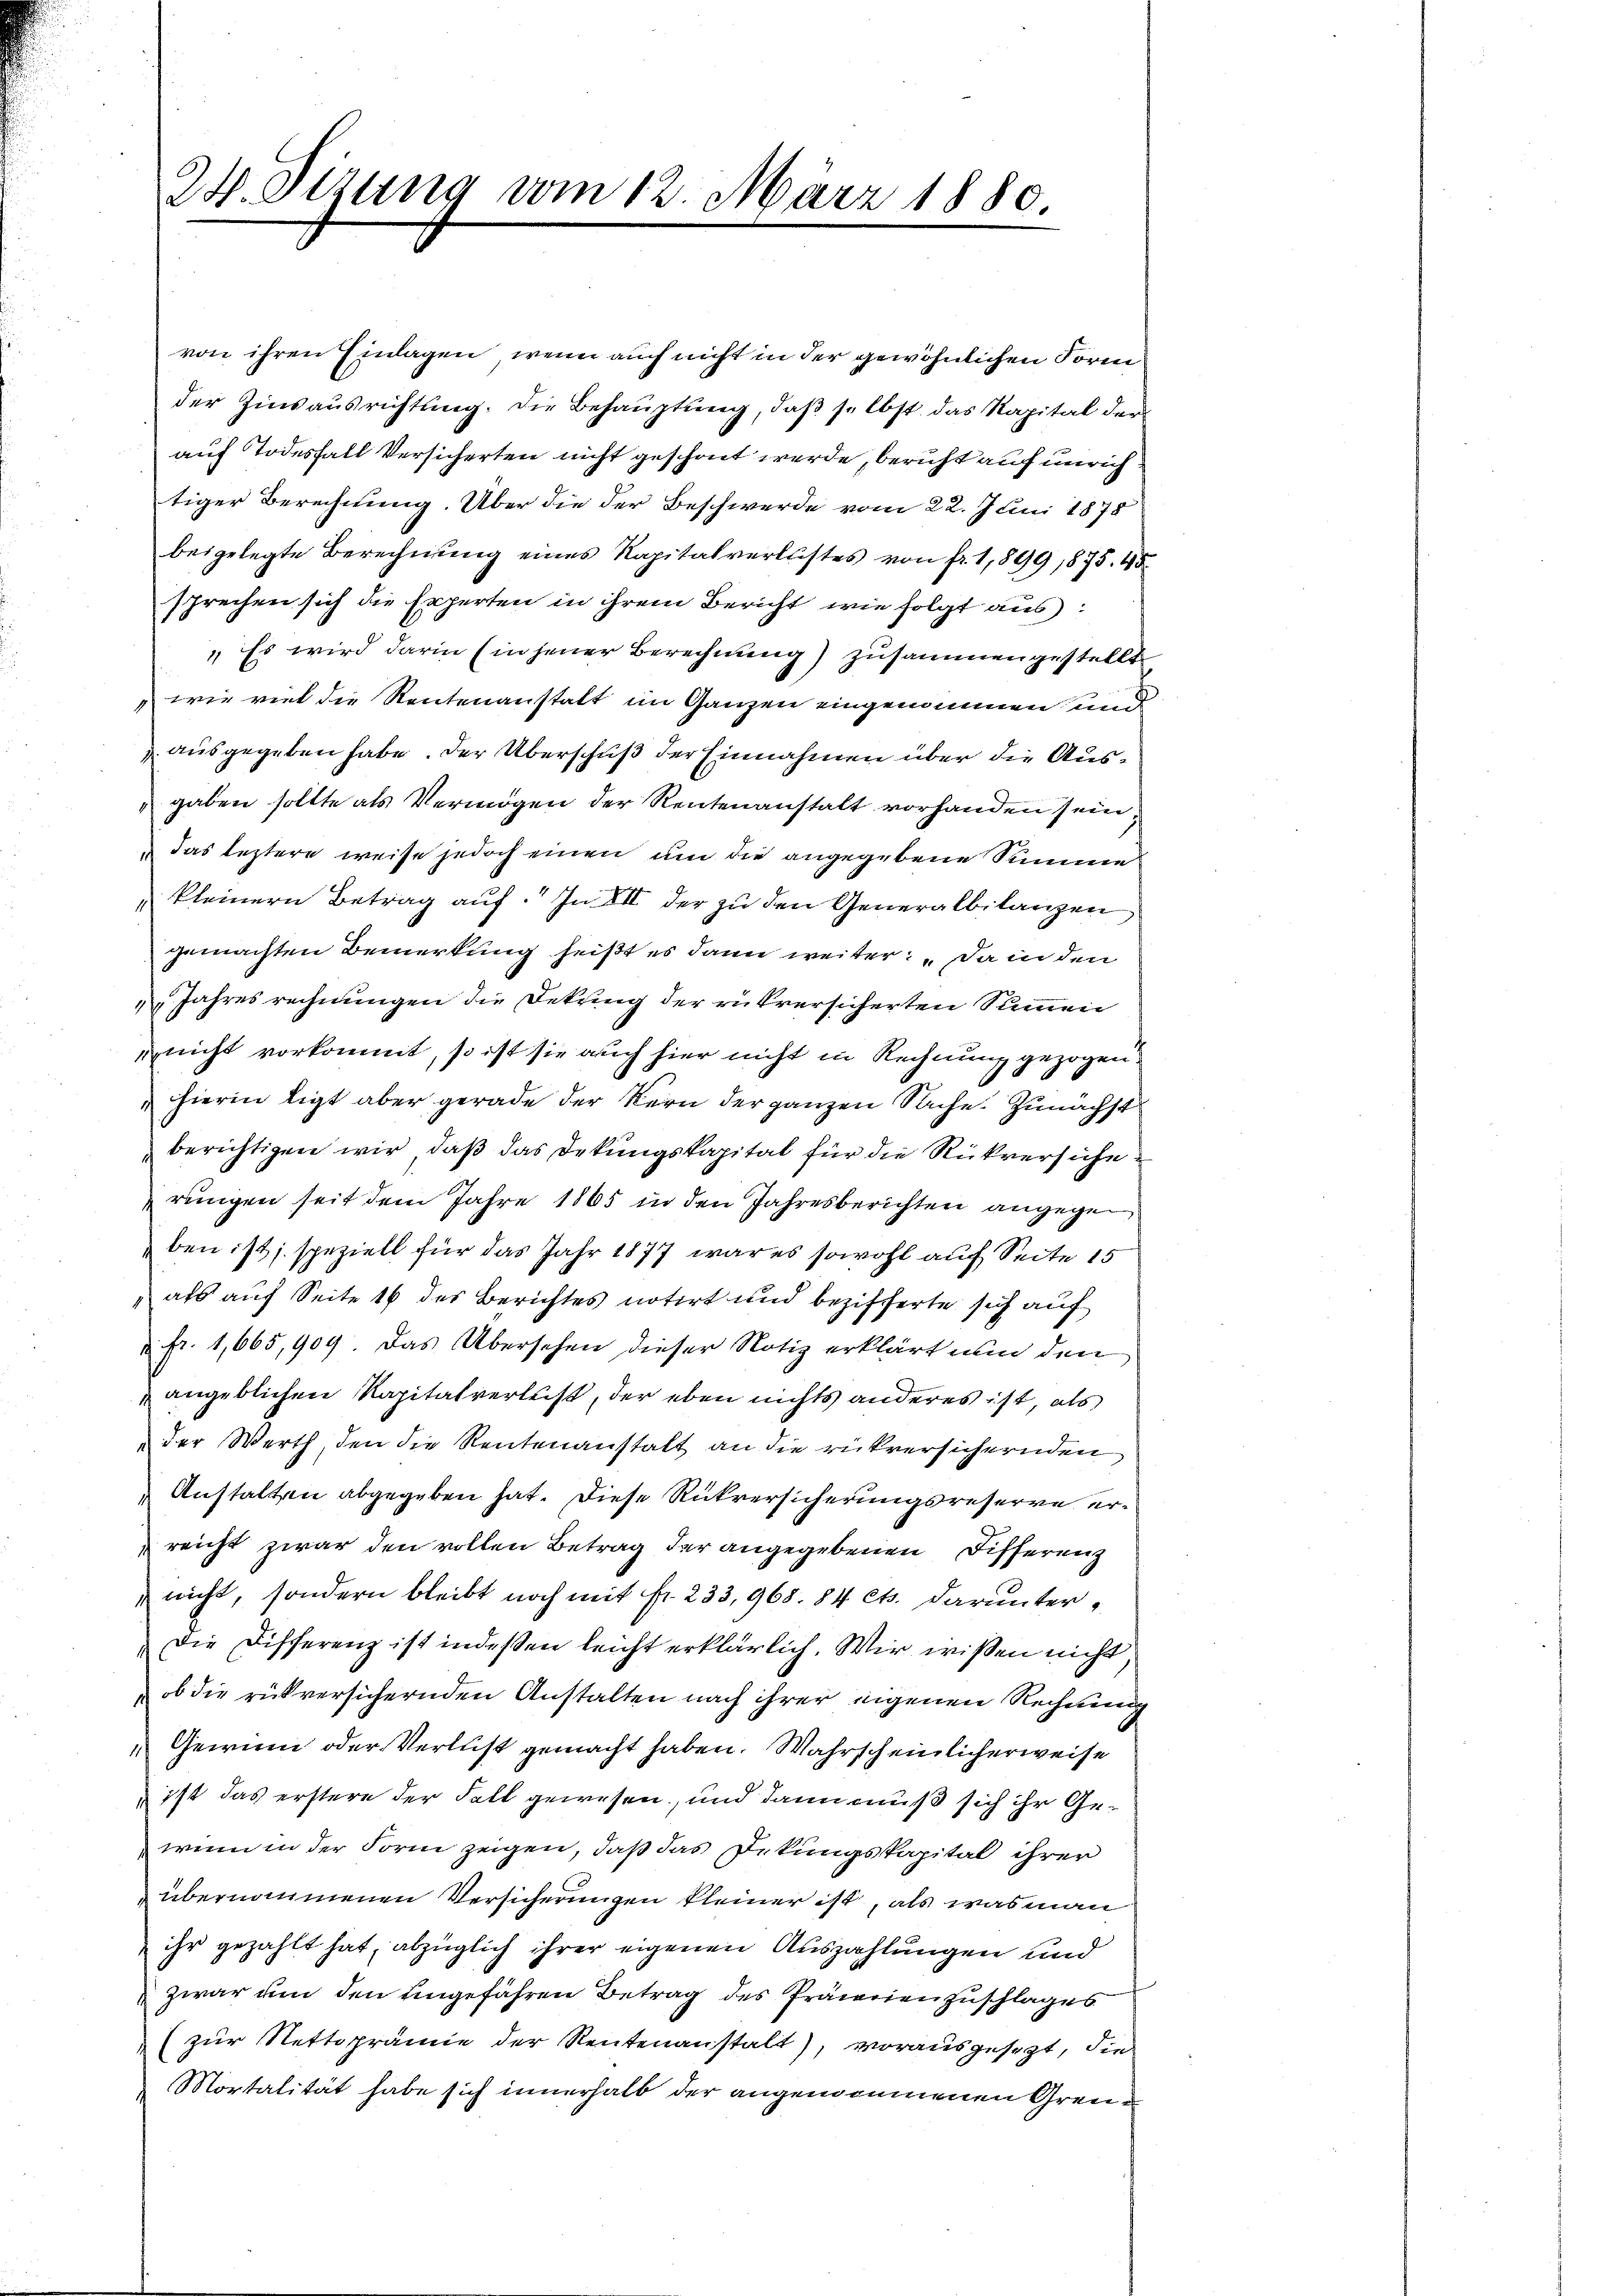
24. Sizung vom 12. März 1880.

von ihren Einlagen, wenn auch nicht in der gewöhnlichen Form
der Zinsausrichtung. Die Behauptung, daß selbst das Kapital der
auf Todesfall Versicherten nicht geschont werde, beruht auf unrichtiger Berechnung. Über die der Beschwerde vom 22. Juni 1878
beigelegte Berechnung eines Kapitalverlustes von fr. 1,899 1875. 45
sprechen sich die Experten in ihrem Bericht, wie folgt aus:
„Es wird darin (in jener Berechnung) zusammengestellt,
 wie viel die Rentenanstalt im Ganzen eingenommen und
 ausgegeben habe. Der Überschuß der Einnahmen über die Ausgaben sollte als Vermögen der Rentenanstalt vorhanden sein,
das leztere weise jedoch einen um die angegebene Summe
kleinern Betrag auf. In VII der zu den Generalbilanzen
gemachten Bemerkung heißt es dann weiter: Da in den
 Jahresrechnungen die Dekung der rükversicherten Summen
e nicht vorkommt, so ist sie auch hier nicht in Rechnung gezogen
hierin ligt aber gerade der Stern der ganzen Sache. Zunächst
berichtigen wir, daß das Dekungskapital für die Rückversiche
rungen seit dem Jahre 1865 in den Jahresberichten angegen
ben ist, speziell für das Jahr 1877 war es sowohl auf Seite 15
" als auf Seite 16 des Berichtes notirt und bezifferte sich auf
 Fr. 1,665,909. Das Übersehen dieser Notiz erklärt nun den
angeblichen Kapitalverleist, der eben nichts anderes ist, als
der Werth, den die Rentenanstalt an die rückversichernden
 Anstalten abgegeben hat. Diese Rückversicherungsreserve erreicht zwar den vollen Betrag der angegebenen Differenz
nicht, sondern bleibt noch mit fr. 233, 968. 84 cts. darunter¬
Die Differenz ist indessen leicht erklärlich. Wir wissen nicht
 ob die rückversichernden Anstalten nach ihrer eigenen Rechnung
Gewinn oder Verlust gemacht haben. Wahrscheinlicherweise
 ist das erstere der Fall gewesen, und dann muß sich ihr Gewenn in der Form zeigen, daß das Dekungskapital ihrer
übernommenen Versicherungen kleiner ist, als was man
ihr gezahlt hat, abzüglich ihrer eigenen Auszahlungen und
zwar um den eingefähren Betrag des Prämienzuschlages
(zur Nettoprämie der Reutenanstalt), vorausgesezt, die
Mortalität habe sich innerhalb der angenommenen Gren¬